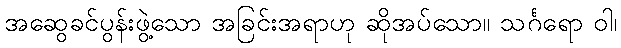
အဆွေခင်ပွန်းဖွဲ့သော အခြင်းအရာဟု ဆိုအပ်သော။ သင်္ဂရော ဝါ၊